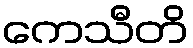
ကေသီတိ